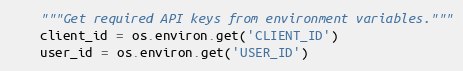
Language: Python
    """Get required API keys from environment variables."""
    client_id = os.environ.get('CLIENT_ID')
    user_id = os.environ.get('USER_ID')